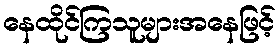
နေထိုင်ကြသူများအနေဖြင့်